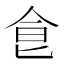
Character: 𩚁